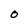
Character: 0